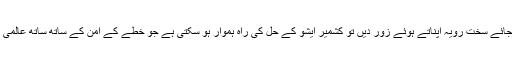
ٹرمپ بھارت پر نوازشات کے بجائے سخت رویہ اپناتے ہوئے زور دیں تو کشمیر ایشو کے حل کی راہ ہموار ہو سکتی ہے جو خطے کے امن کے ساتھ ساتھ عالمی امن کے لئے بھی روڈمیپ ہو گا۔